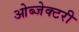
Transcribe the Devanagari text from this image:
ओब्जेक्टरी